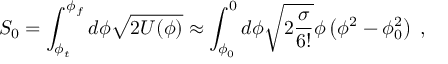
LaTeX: { \cal S } _ { 0 } = \int _ { \phi _ { t } } ^ { \phi _ { f } } d \phi \sqrt { 2 U ( \phi ) } \approx \int _ { \phi _ { 0 } } ^ { 0 } d \phi \sqrt { 2 \frac { \sigma } { 6 ! } } \phi \left( \phi ^ { 2 } - \phi _ { 0 } ^ { 2 } \right) \; ,